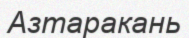
Азтаракань